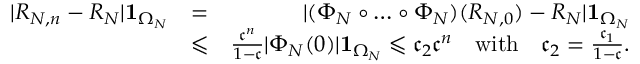
\begin{array} { r l r } { | R _ { N , n } - R _ { N } | \mathbf 1 _ { \Omega _ { N } } } & { = } & { | ( \Phi _ { N } \circ \dots \circ \Phi _ { N } ) ( R _ { N , 0 } ) - R _ { N } | \mathbf 1 _ { \Omega _ { N } } } \\ & { \leqslant } & { \frac { \mathfrak c ^ { n } } { 1 - \mathfrak c } | \Phi _ { N } ( 0 ) | \mathbf 1 _ { \Omega _ { N } } \leqslant \mathfrak c _ { 2 } \mathfrak c ^ { n } \quad \mathrm { w i t h } \quad \mathfrak c _ { 2 } = \frac { \mathfrak c _ { 1 } } { 1 - \mathfrak c } . } \end{array}